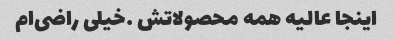
اینجا عالیه همه محصولاتش …خیلی‌ راضی‌ام